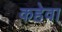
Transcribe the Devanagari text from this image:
कहेवा